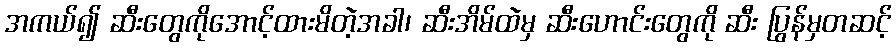
အကယ်၍ ဆီးတွေကိုအောင့်ထားမိတဲ့အခါ၊ ဆီးအိမ်ထဲမှ ဆီးဟောင်းတွေကို ဆီး ပြွန်မှတဆင့်